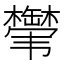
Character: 𬰸